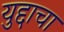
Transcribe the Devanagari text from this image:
युद्दाचा